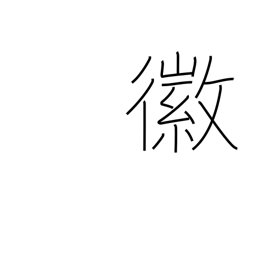
Meaning: good